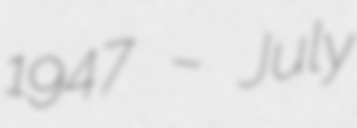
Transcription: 1947 – July